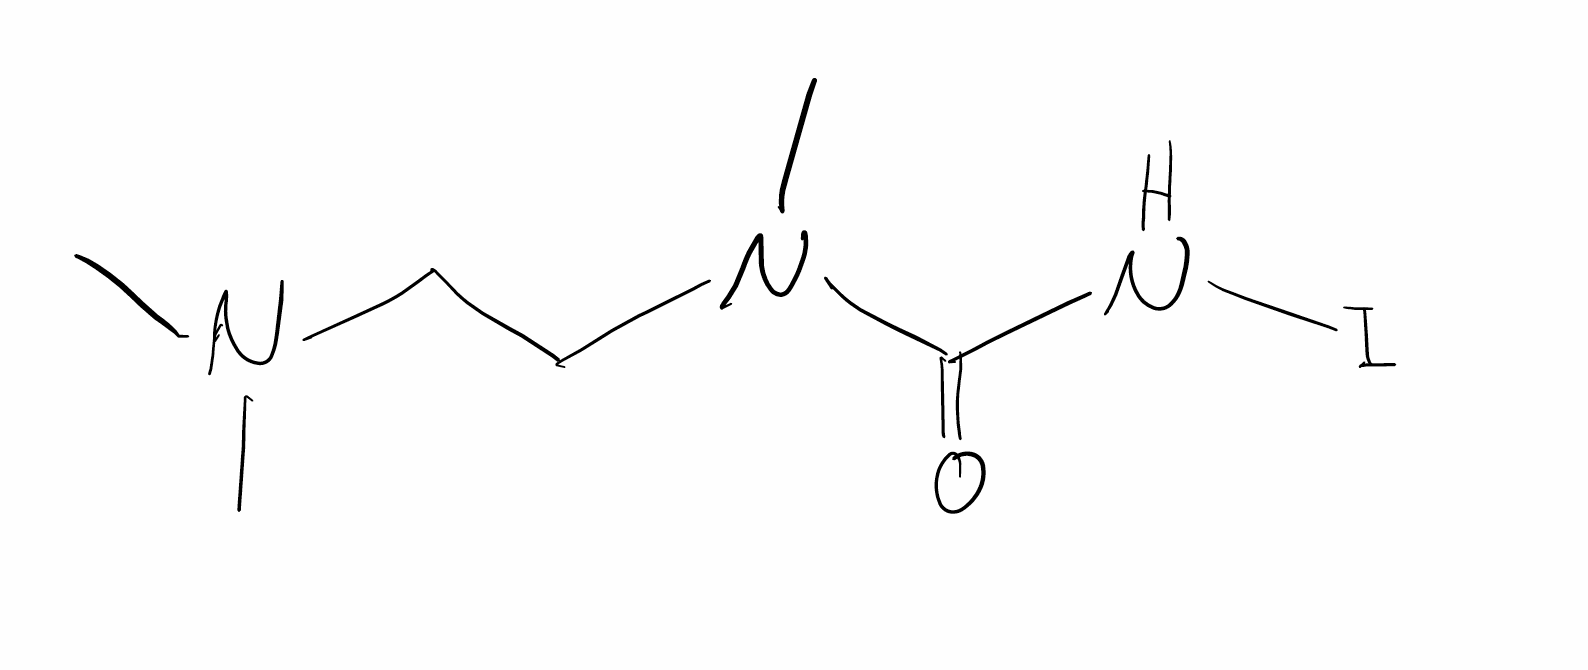
Simplified molecular-input line-entry system (SMILES) notation of the given molecule:
CN(C)CCN(C)C(=O)NI